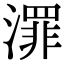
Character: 𣿓